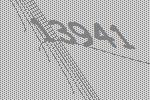
13941